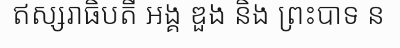
ឥស្សរាធិបតី អង្គ ឌួង និង ព្រះបាទ ន